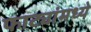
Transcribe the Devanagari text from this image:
फाट्यांमध्ये